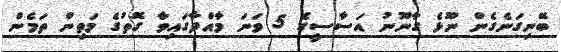
ބޭނިގަނެގެން ނޫޅެ ގާނޫނު އަސާސީގެ 5 ވަނަ މާއްދާގައިވާ ގޮތުގެ މަތިން ތަމެން